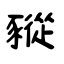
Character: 豵